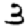
Digit: 3